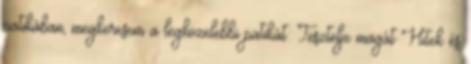
patikában, megkeresem a legközelebbi patikát: Tesztelje magát Hitek és